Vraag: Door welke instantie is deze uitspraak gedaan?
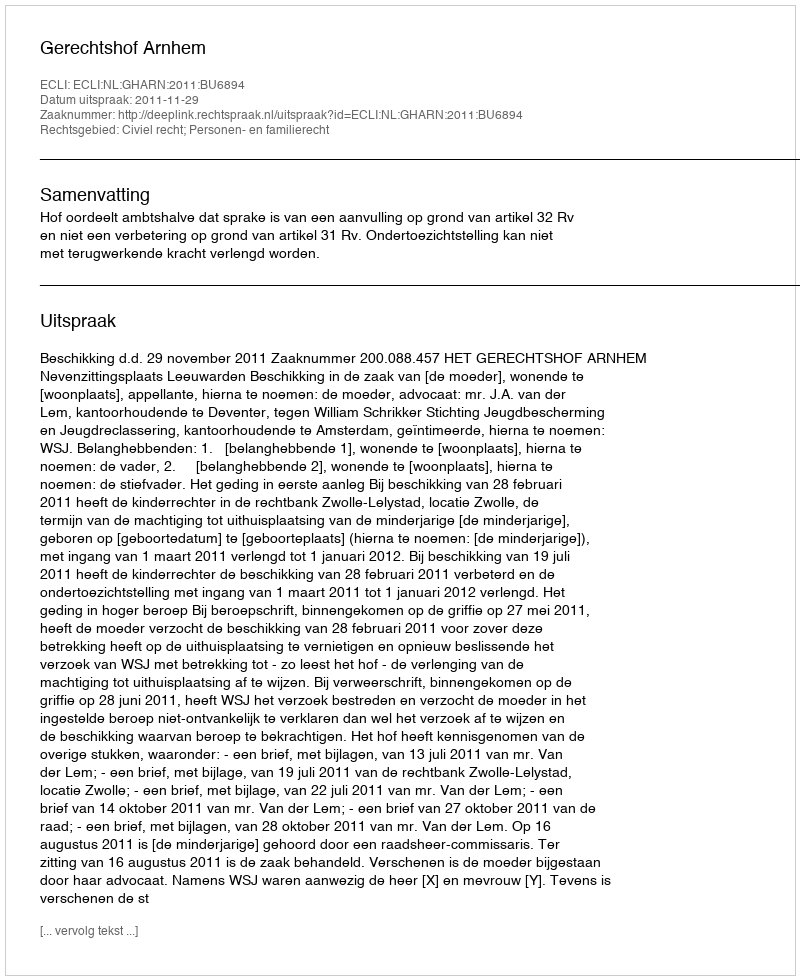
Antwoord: Gerechtshof Arnhem